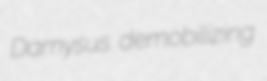
Damysus demobilizing